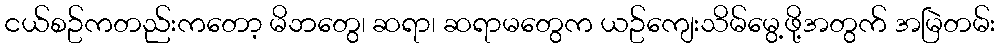
ငယ်စဥ်ကတည်းကတော့ မိဘတွေ၊ ဆရာ၊ ဆရာမတွေက ယဥ်ကျေးသိမ်မွေ့ဖို့အတွက် အမြဲတမ်း